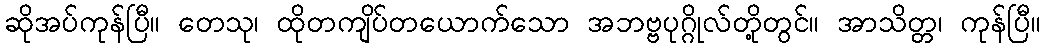
ဆိုအပ်ကုန်ပြီ။ တေသု၊ ထိုတကျိပ်တယောက်သော အဘဗ္ဗပုဂ္ဂိုလ်တို့တွင်။ အာသိတ္တ၊ ကုန်ပြီ။